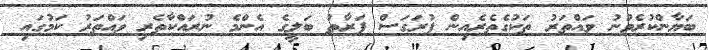
ބަޔާންކުރެވުނު ވައްތަރު ތަކުގެތެރެއިން ފުރަގަސް ފަރާތު ބަލީގެ އެންމެ ނުރައްކާތެރި ވައްތަރު ކަމުގައި